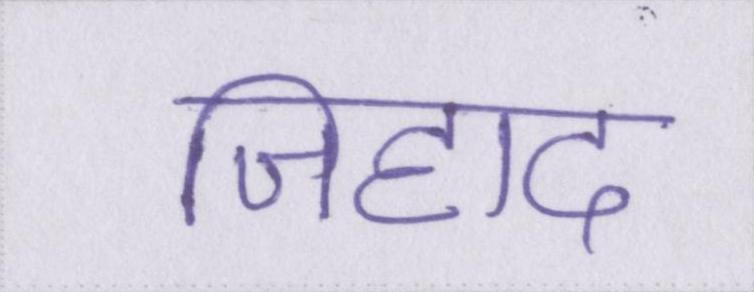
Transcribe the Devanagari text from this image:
जिहाद